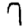
Digit: 7